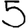
Digit: 5